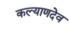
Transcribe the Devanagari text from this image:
कल्याणदेव